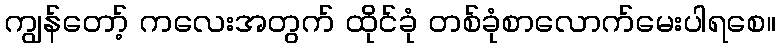
ကျွန်တော့် ကလေးအတွက် ထိုင်ခုံ တစ်ခုံစာလောက်မေးပါရစေ။